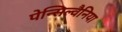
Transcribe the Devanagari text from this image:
पेन्सिल्वैनिया